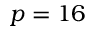
p = 1 6